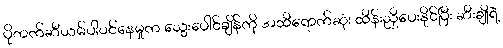
ပိုတက်ဆီယမ်ပါဝင်နေမှုက သွေးပေါင်ချိန်ကို အထိရောက်ဆုံး ထိန်းညှိပေးနိုင်ပြီး ဆီးချိုရဲ့